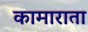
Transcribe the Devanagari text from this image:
कामाराता